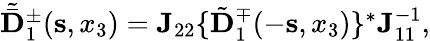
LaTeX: \begin{array}{r}{\tilde{\bar{{\mathbf D}}}_{1}^{\pm}({\mathbf s},x_{3})={\mathbf J}_{22}\{ {\tilde{\mathbf D}}_{1}^{\mp}(-{\mathbf s},x_{3})\} ^{*}{\mathbf J}_{11}^{-1},}\end{array}